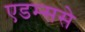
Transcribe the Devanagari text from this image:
एडम्ससे